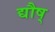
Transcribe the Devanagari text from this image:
द्यौष्